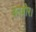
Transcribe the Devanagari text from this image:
बलबीर।